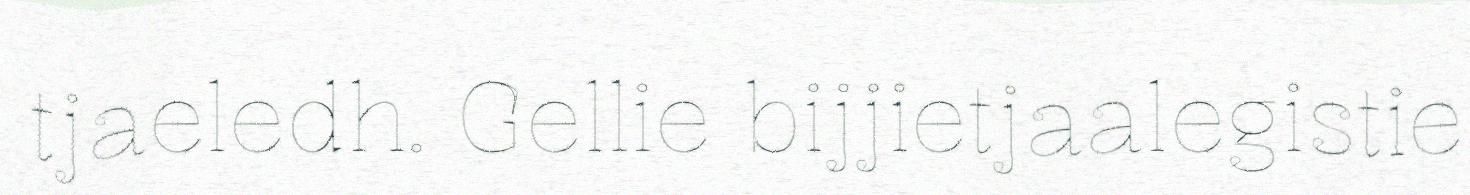
tjaeledh. Gellie bijjietjaalegistie